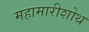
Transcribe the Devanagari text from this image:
महामारीशोथ